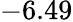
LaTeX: -6.49